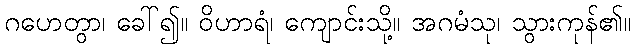
ဂဟေတွာ၊ ခေါ်၍။ ဝိဟာရံ၊ ကျောင်းသို့။ အဂမံသု၊ သွားကုန်၏။